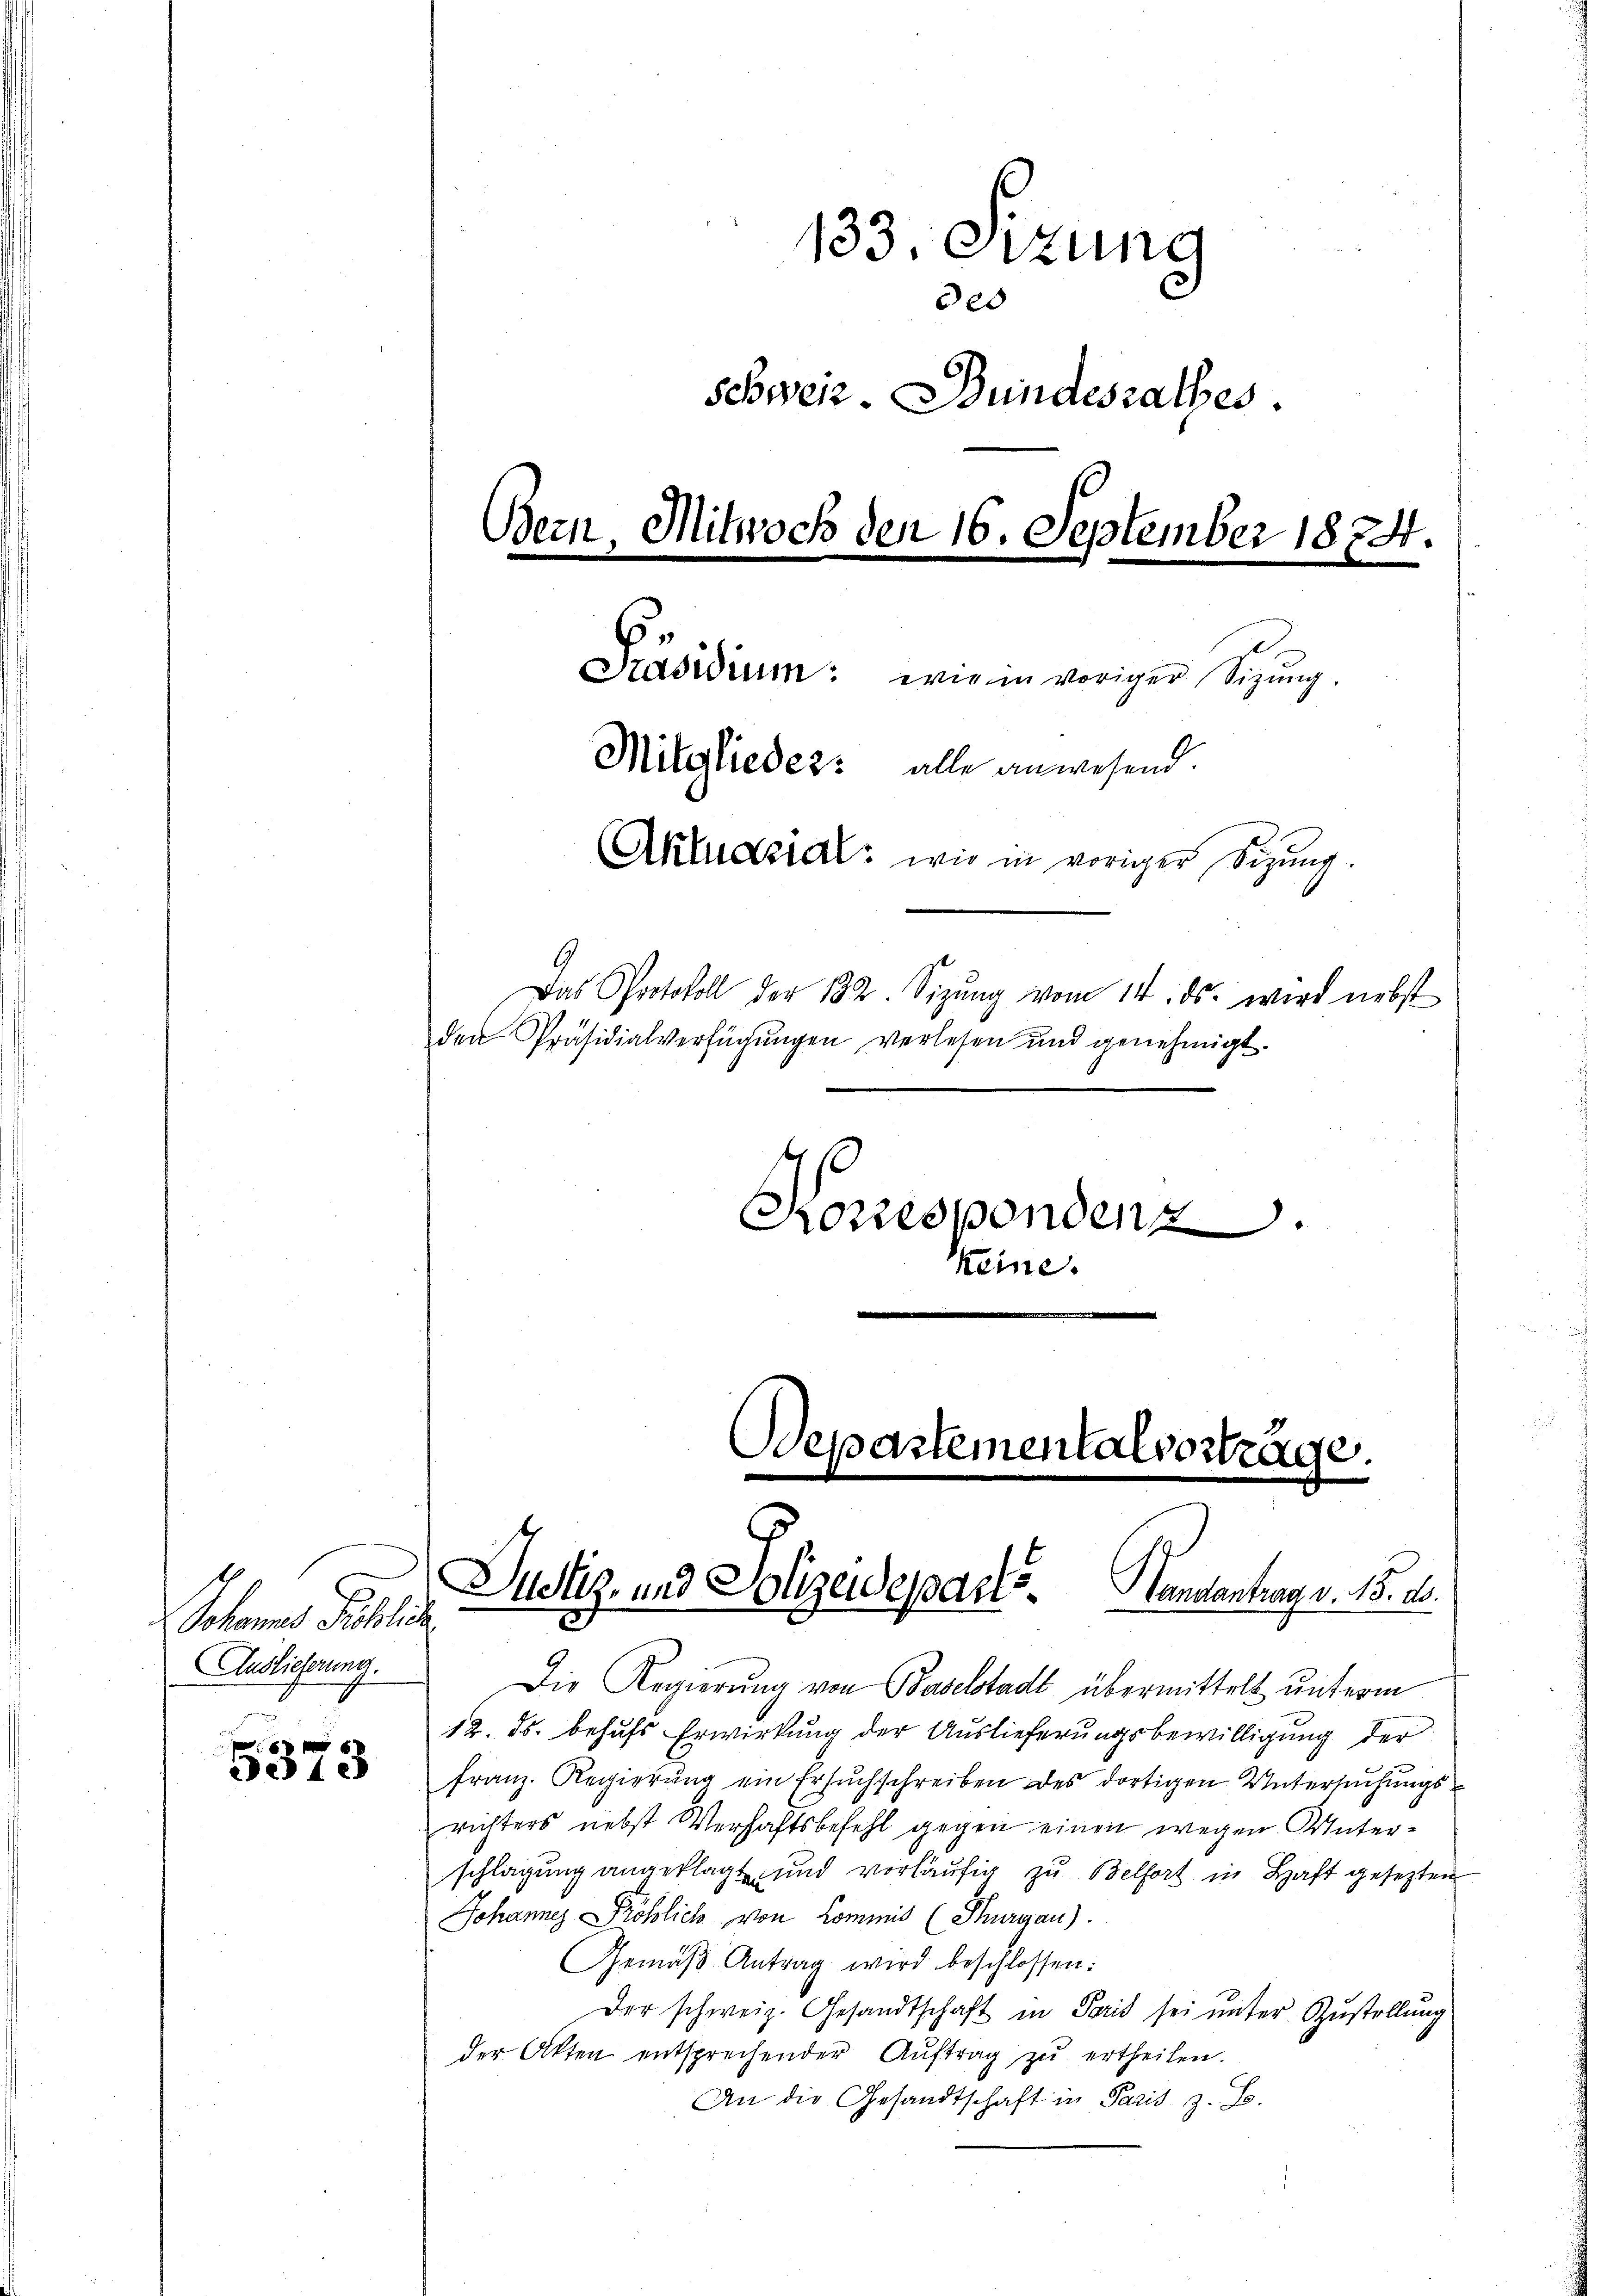
Schanes Schliche
Auslieferung.

5373

133. Sizung
des
schweiz. Bundesrathes.
Bern, Mitwoch den 16. September 1874.
Präsidium: wie in voriger Sigŭng.
Mitglieder: alle anwesend.
Akludzial, wie in voriger Sitzung.
Das Protokoll der 182. Sizŭng vom 14. ds. wird nebst
den Präsidialverfügungen verlesen und genehmigt.

Korrespondenz.
Keine.

Departementalvorträge.
Justiz- und Polizeideparts. Handantrag v. 15. 10.

Die Regierung von Baselstadt übermittelt unterm
12. ds. behufs Erwirkung der Auslieferungsbewilligung der
Franz. Regierung ein Ersuchschreiben des dortigen Untersuchungsrichters nebst Verhaftsbefehl gegen einen wegen Unterschlagung angeklagt und vorläufig zu Belfort in Haft gesetzten
Johannes Pröblich von Kommis (Thurgau).
Gemäβ Antrag wird beschlossen:
Der schweiz. Gesandtschaft in Paris sei ŭnter Zustellung
der Akten entsprechender Aŭftrag zŭ ertheilen.
An die Gesandtschaft in Paris z. B.